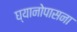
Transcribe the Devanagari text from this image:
घ्यानोपासना